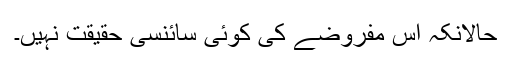
حالانکہ اس مفروضے کی کوئی سائنسی حقیقت نہیں۔